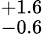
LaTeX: ^{+1.6}_{-0.6}